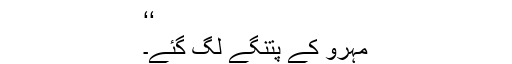
‘‘
مہرو کے پتنگے لگ گئے۔